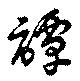
譚